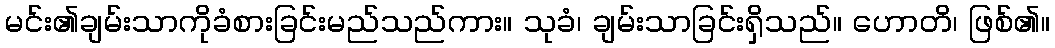
မင်း၏ချမ်းသာကိုခံစားခြင်းမည်သည်ကား။ သုခံ၊ ချမ်းသာခြင်းရှိသည်။ ဟောတိ၊ ဖြစ်၏။